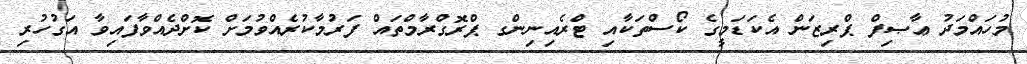
މުހައްމަދު ޢާޞިފް ޕްރިޒަން އެކަޑަމީގެ ކޯސްތަކާއި ޓްރެއިނިންގ ޕްރޮގްރާމްތައް ފަރުމާކުރެއްވުމަށް ކޮށްދެއްވާފައިވާ އަގުހުރި